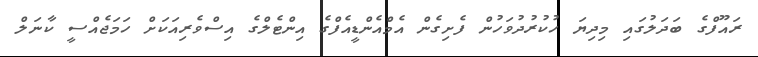
ރައޫފްގެ ބަދަލުގައި މިދިޔަ ހުކުރުދުވަހުން ފެށިގެން އެމްއެންޑީއެފްގެ އިންޓެލްގެ އިސްވެރިއަކަށް ހަމަޖެއްސީ ކާނަލް